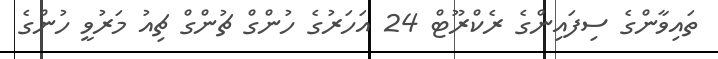
ތައިވާންގެ ސިފައިންގެ ރެކްރޫޓް 24 އަހަރުގެ ހުންގް ޗުންގް ޗިއު މަރުވީ ހުންގެ